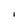
Character: I